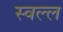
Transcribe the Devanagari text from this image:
स्वल्ल